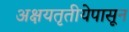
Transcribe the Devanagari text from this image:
अक्षयतृतीयेपासून